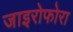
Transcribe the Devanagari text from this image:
जाइरोफोरा